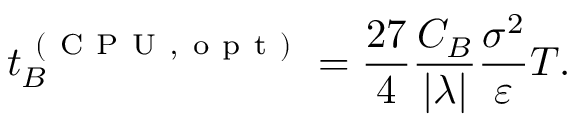
t _ { B } ^ { \mathrm { ~ ( ~ C ~ P ~ U ~ , ~ o ~ p ~ t ~ ) ~ } } = \frac { 2 7 } { 4 } \frac { C _ { B } } { | \lambda | } \frac { \sigma ^ { 2 } } { \varepsilon } T .